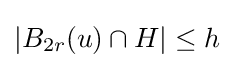
|B_{2r}(u)\cap H|\leq h